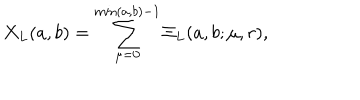
LaTeX: X _ { L } ( a , b ) = \sum _ { \mu = 0 } ^ { \min ( a , b ) - 1 } \Xi _ { L } ( a , b ; \mu , r ) ,